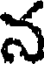
న